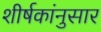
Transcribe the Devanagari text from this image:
शीर्षकांनुसार